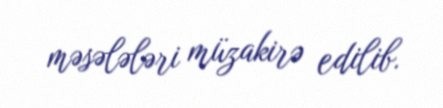
məsələləri müzakirə edilib.